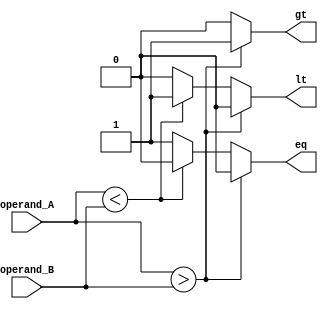
module magnitude_comparator(
    input [3:0] operand_A,
    input [3:0] operand_B,
    output reg gt,       // Greater than
    output reg lt,       // Less than
    output reg eq        // Equal
);

always @* begin
    if (operand_A > operand_B) begin
        gt = 1;
        lt = 0;
        eq = 0;
    end
    else if (operand_A < operand_B) begin
        gt = 0;
        lt = 1;
        eq = 0;
    end
    else begin
        gt = 0;
        lt = 0;
        eq = 1;
    end
end

endmodule